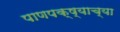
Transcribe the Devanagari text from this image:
पाणपक्ष्याच्या